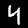
Digit: 4